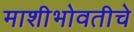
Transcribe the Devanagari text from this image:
माशीभोवतीचे